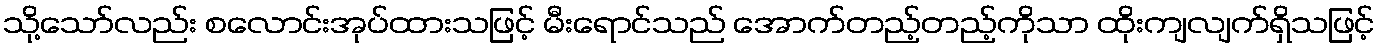
သို့သော်လည်း စလောင်းအုပ်ထားသဖြင့် မီးရောင်သည် အောက်တည့်တည့်ကိုသာ ထိုးကျလျက်ရှိသဖြင့်